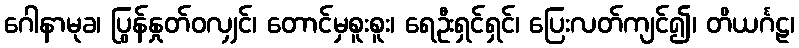
ဂေါနာမုခ၊ ပြွန်နှုတ်ဝလျှင်၊ တောင်မှစူးစူး၊ ရေဦးရှင်ရှင်၊ ပြေးလတ်ကျင်၍၊ တိယင်္ဂဠ၊